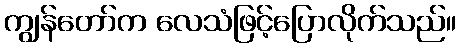
ကျွန်တော်က လေသံဖြင့်ပြောလိုက်သည်။